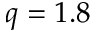
q = 1 . 8